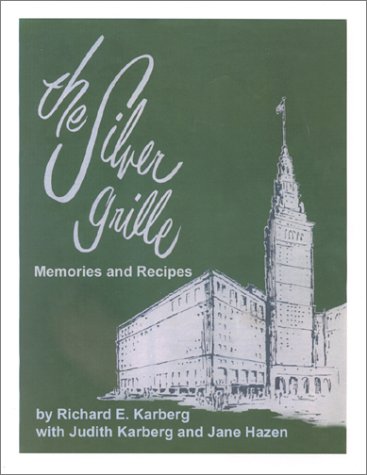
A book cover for The Silver Grille : Memories and Recipes; Richard E. Karberg; Travel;